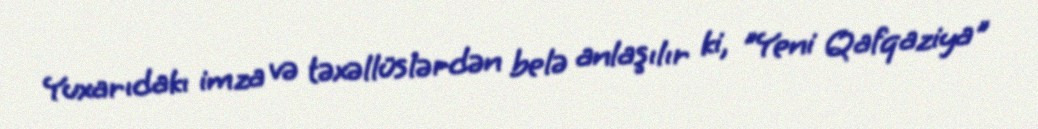
Yuxarıdakı imza və təxəllüslərdən belə anlaşılır ki, "Yeni Qafqaziya"